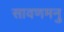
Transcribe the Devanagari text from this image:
सावणमनु